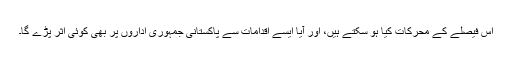
اس فیصلے کے محرکات کیا ہو سکتے ہیں، اور آیا ایسے اقدامات سے پاکستانی جمہوری اداروں پر بھی کوئی اثر پڑے گا۔